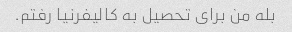
بله من برای تحصیل به کالیفرنیا رفتم.